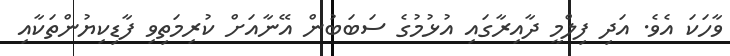
ވާހަކަ އެވެ. އަދި ފިލްމީ ދާއިރާގައި އުޅުމުގެ ސަބަބުން އޭނާއަށް ކުރިމަތިވި ފާޑިކިޔުންތަކާއި